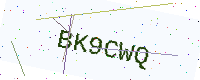
Text: BK9CWQ